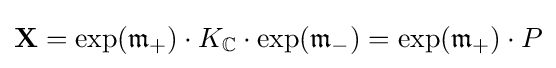
\mathbf {X} =\exp({\mathfrak {m}}_{+})\cdot K_{\mathbb {C} }\cdot \exp({\mathfrak {m}}_{-})=\exp({\mathfrak {m}}_{+})\cdot P